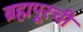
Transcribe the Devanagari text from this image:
ब्रह्मपूरची